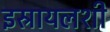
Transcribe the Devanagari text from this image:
इस्रायलशी